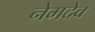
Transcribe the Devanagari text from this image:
नेमदेव